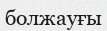
болжауғы